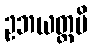
ဥဘယတ္ထပိ